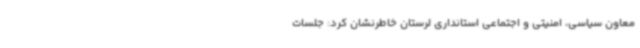
معاون سیاسی، امنیتی و اجتماعی استانداری لرستان خاطرنشان کرد: جلسات